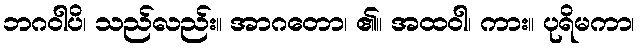
ဘဂဝါပိ၊ သည်လည်း။ အာဂတော၊ ၏။ အထဝါ၊ ကား။ ပုရိမကာ၊